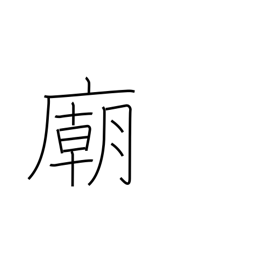
Meaning: mausoleum